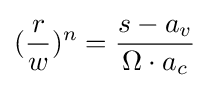
({r \over w})^{n}={s-a_{v} \over \Omega \cdot a_{c}}